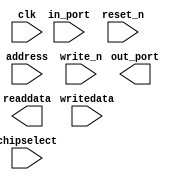
module ghrd_10as066n2_led_pio (
		input  wire        clk,        //                 clk.clk
		input  wire [3:0]  in_port,    // external_connection.in_port
		output wire [3:0]  out_port,   //                    .out_port
		input  wire        reset_n,    //               reset.reset_n
		input  wire [1:0]  address,    //                  s1.address
		input  wire        write_n,    //                    .write_n
		input  wire [31:0] writedata,  //                    .writedata
		input  wire        chipselect, //                    .chipselect
		output wire [31:0] readdata    //                    .readdata
	);
endmodule